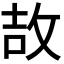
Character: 𫾪